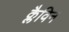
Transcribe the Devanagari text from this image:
क्लैविन